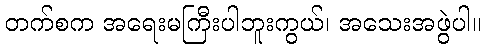
တက်စက အရေးမကြီးပါဘူးကွယ်၊ အသေးအဖွဲပါ။